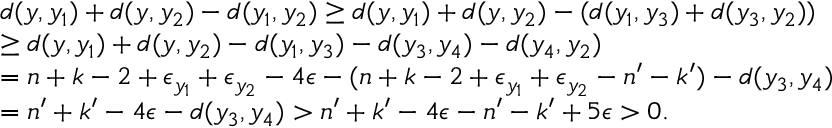
\begin{array} { r l } & { d ( y , y _ { 1 } ) + d ( y , y _ { 2 } ) - d ( y _ { 1 } , y _ { 2 } ) \geq d ( y , y _ { 1 } ) + d ( y , y _ { 2 } ) - ( d ( y _ { 1 } , y _ { 3 } ) + d ( y _ { 3 } , y _ { 2 } ) ) } \\ & { \geq d ( y , y _ { 1 } ) + d ( y , y _ { 2 } ) - d ( y _ { 1 } , y _ { 3 } ) - d ( y _ { 3 } , y _ { 4 } ) - d ( y _ { 4 } , y _ { 2 } ) } \\ & { = n + k - 2 + \epsilon _ { y _ { 1 } } + \epsilon _ { y _ { 2 } } - 4 \epsilon - ( n + k - 2 + \epsilon _ { y _ { 1 } } + \epsilon _ { y _ { 2 } } - n ^ { \prime } - k ^ { \prime } ) - d ( y _ { 3 } , y _ { 4 } ) } \\ & { = n ^ { \prime } + k ^ { \prime } - 4 \epsilon - d ( y _ { 3 } , y _ { 4 } ) > n ^ { \prime } + k ^ { \prime } - 4 \epsilon - n ^ { \prime } - k ^ { \prime } + 5 \epsilon > 0 . } \end{array}